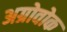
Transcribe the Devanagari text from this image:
अग्रोवोक